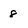
Character: 8